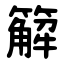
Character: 䉏